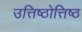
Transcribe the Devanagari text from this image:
उत्तिष्ठोत्तिष्ठ